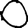
Digit: 0